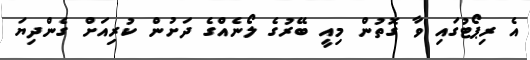
އެ ރިޕޯޓުގައި ވާ ގޮތުން މިއީ ބޭރުގެ ލޯނެއްގެ ދަށުން ކުރިއަށް ގެންދިޔަ